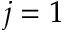
j = 1